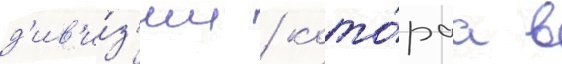
д'ив'и́з'ии / кото́раа в